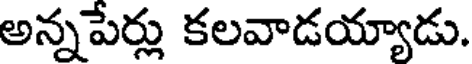
అన్నపేర్లు కలవాడయ్యాడు.